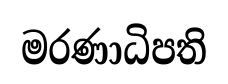
මරණාධිපති